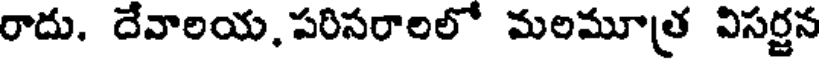
రాదు. దేవాలయ, పరిసరాలలో మలమూత్ర విసర్జన